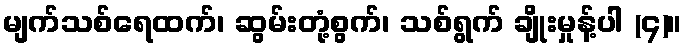
မျက်သစ်ရေထက်၊ ဆွမ်းတုံ့စွက်၊ သစ်ရွက် ချိုးမှုန့်ပါ (၄)။